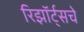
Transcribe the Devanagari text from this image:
रिझॉर्ट्‌सचे